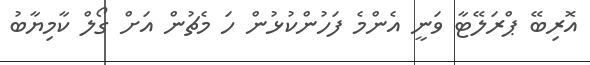
އޮރިބޭ ޕްރަލޭޓާ ވަނީ އެންމެ ފަހުންކުޅުން ހަ މެޗުން އަށް ގޯލް ކާމިޔާބު